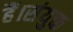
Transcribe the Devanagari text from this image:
हैं।संयुक्त